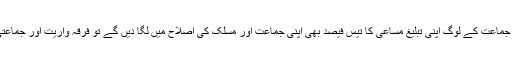
اگر ہم میں ہر مسلک اور جماعت کے لوگ اپنی تبلیغ مساعی کا تیس فیصد بھی اپنی جماعت اور مسلک کی اصلاح میں لگا دیں گے تو فرقہ واریت اور جماعتی تعصب ختم ہوجائے گا۔